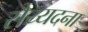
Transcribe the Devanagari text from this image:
सैय्यदना